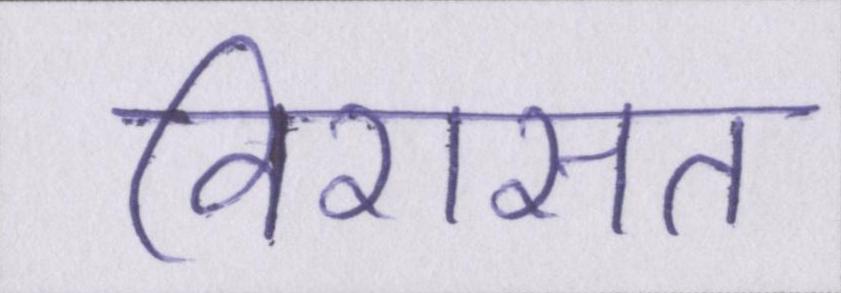
विरासत